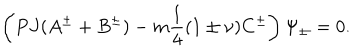
\left( P J ( A ^ { \pm } + B ^ { \pm } ) - m \frac { 1 } { 4 } ( 1 \pm \nu ) C ^ { \pm } \right) \Psi _ { \pm } = 0 .